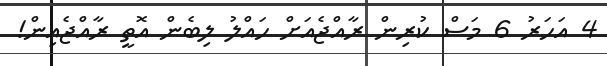
4 އަހަރު 6 މަސް ކުރިން ރާއްޖެއަށް ހައްލު ލިބެން އޮތީ ރާއްޖެއިން!